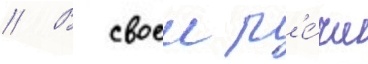
// В своеи р'е́чи